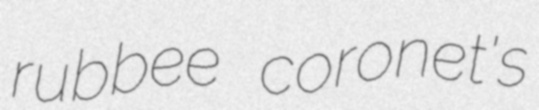
rubbee coronet's